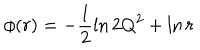
LaTeX: \phi ( r ) = - \frac { 1 } { 2 } \ln 2 Q ^ { 2 } + \ln r